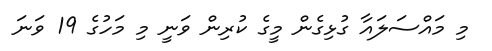
މި މައްސަލައާ ގުޅިގެން މީގެ ކުރިން ވަނީ މި މަހުގެ 19 ވަނަ